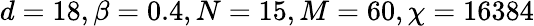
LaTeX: d=18,\beta=0.4,N=15,M=60,\chi=16384